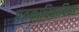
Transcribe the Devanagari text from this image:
पत्रकारिताविद्या